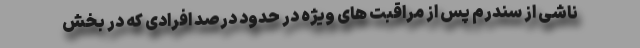
ناشی از سندرم پس از مراقبت های ویژه در حدود درصد افرادی که در بخش